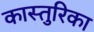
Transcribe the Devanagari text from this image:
कास्तुरिका